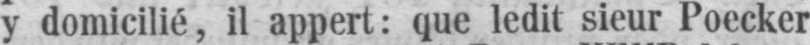
y domicilié,il appert: que ledit sieur Poecker